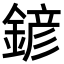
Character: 𨩱